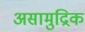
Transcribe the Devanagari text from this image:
असामुद्रिक